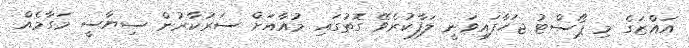
އައްޒަގެ މި ޕޯސްޓު ޖަހާފައިވަނީ ލަފާކުރެވޭ ގޮތުގައި މުއާއަށް ސަރުކާރުން ސިޔާސީ މަގާމެއް